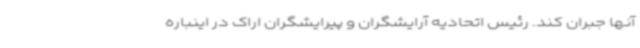
آنها جبران کند. رئیس اتحادیه آرایشگران و پیرایشگران اراک در اینباره